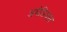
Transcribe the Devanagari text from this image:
अमेडियस